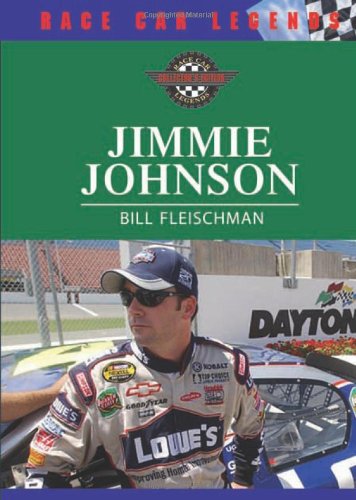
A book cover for Jimmie Johnson (Race Car Legends); Bill Fleischman; Children's Books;